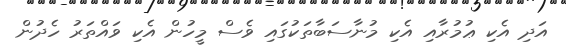
އަދި އެކި ޢުމުރާއި އެކި މުނާސަބާތަކުގައި ވެސް މީހުން އެކި ވައްތަރު ހެދުން